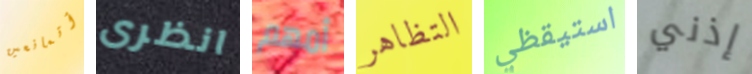
أتمانعين انظرى أمهم التظاهر استيقظي إذني